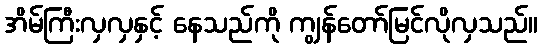
အိမ်ကြီးလှလှနှင့် နေသည်ကို ကျွန်တော်မြင်လိုလှသည်။